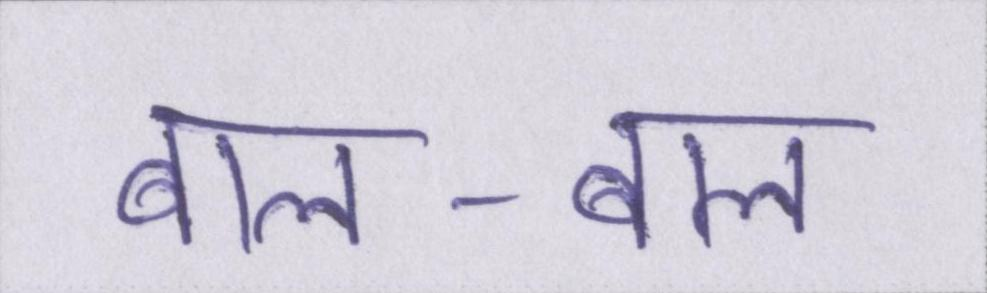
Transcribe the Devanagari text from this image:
बाल-बाल